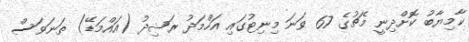
ކާމިޔާބު ކޮށްދިނީ މެޗުގެ 67 ވަނަ މިނިޓުގައި އަހްމަދު ރަޝިދު (އައްމަޑޭ) ތަނަވަސް